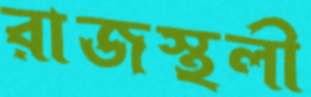
রাজস্থলী